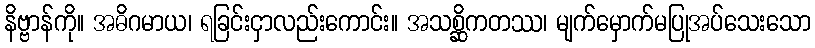
နိဗ္ဗာန်ကို။ အဓိဂမာယ၊ ရခြင်းငှာလည်းကောင်း။ အသစ္ဆိကတဿ၊ မျက်မှောက်မပြုအပ်သေးသော